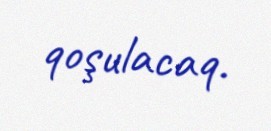
qoşulacaq.